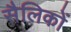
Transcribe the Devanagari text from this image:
सैलिकों